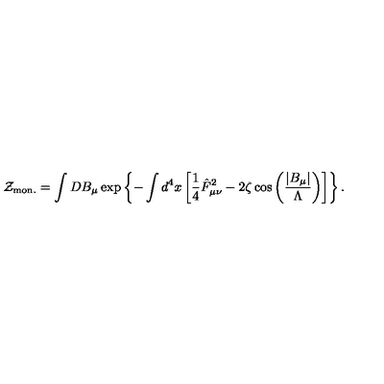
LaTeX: { \cal Z } _ { \mathrm { m o n . } } = \int D B _ { \mu } \exp \left\{ - \int d ^ { 4 } x \left[ \frac 1 4 \hat { F } _ { \mu \nu } ^ { 2 } - 2 \zeta \cos \left( \frac { \left| B _ { \mu } \right| } { \Lambda } \right) \right] \right\} .